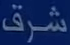
شرق